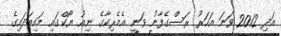
އަދި 2012 ވަނަ އަހަރު ރަސްގެފާނު ވަނީ އެމެރިކާގެ ނިއު ޔޯކްގައި މައިބަދައިގެ